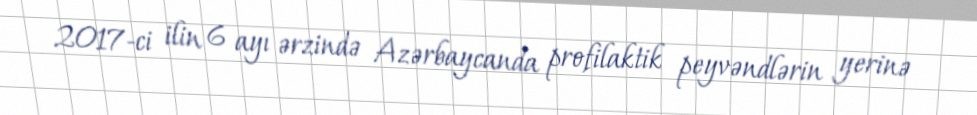
2017-ci ilin 6 ayı ərzində Azərbaycanda profilaktik peyvəndlərin yerinə